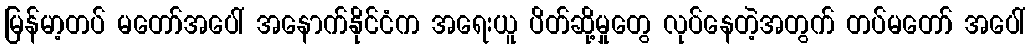
မြန်မာ့တပ် မတော်အပေါ် အနောက်နိုင်ငံက အရေးယူ ပိတ်ဆို့မှုတွေ လုပ်နေတဲ့အတွက် တပ်မတော် အပေါ်